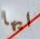
ايها